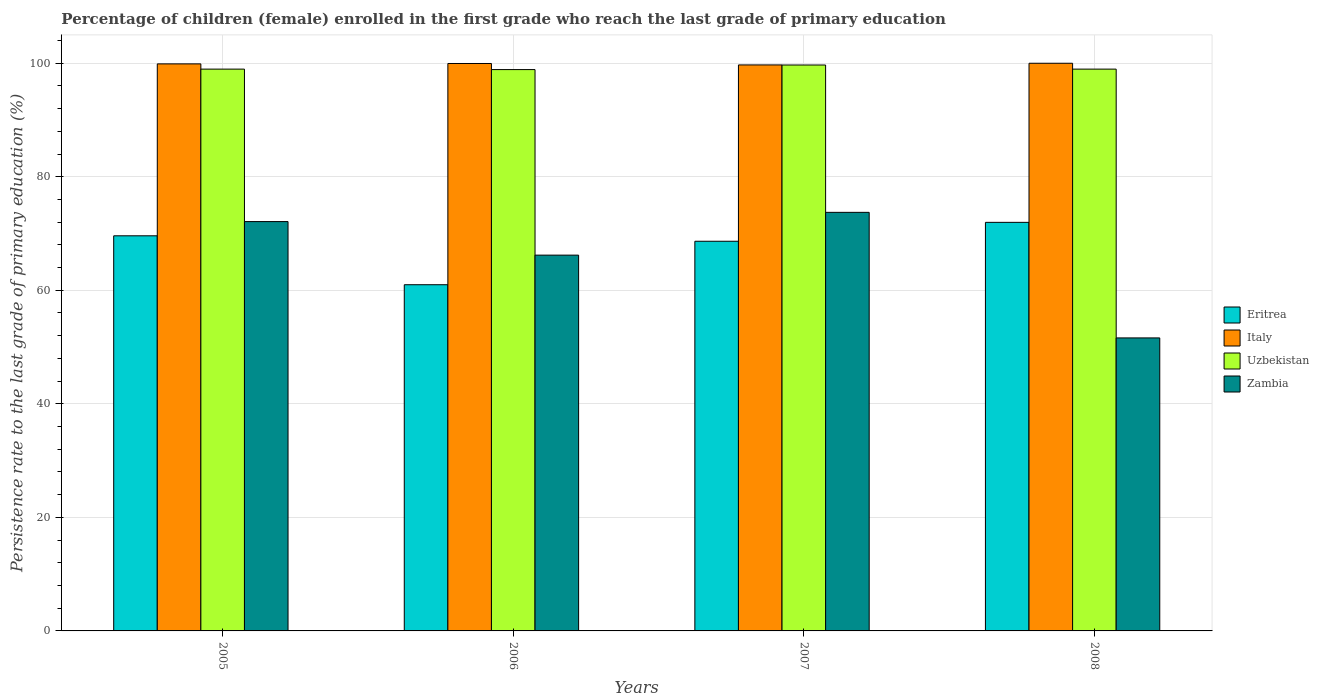
| Years | Eritrea | Italy | Uzbekistan | Zambia |
 | --- | --- | --- | --- | --- |
 | 2005 | 69.6 | 99.9 | 99 | 72.1 |
 | 2006 | 61 | 99.9 | 98.9 | 66.2 |
 | 2007 | 68.6 | 99.7 | 99.7 | 73.7 |
 | 2008 | 72 | 100 | 99 | 51.6 |